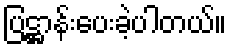
ပြဋ္ဌာန်းပေးခဲ့ပါတယ်။